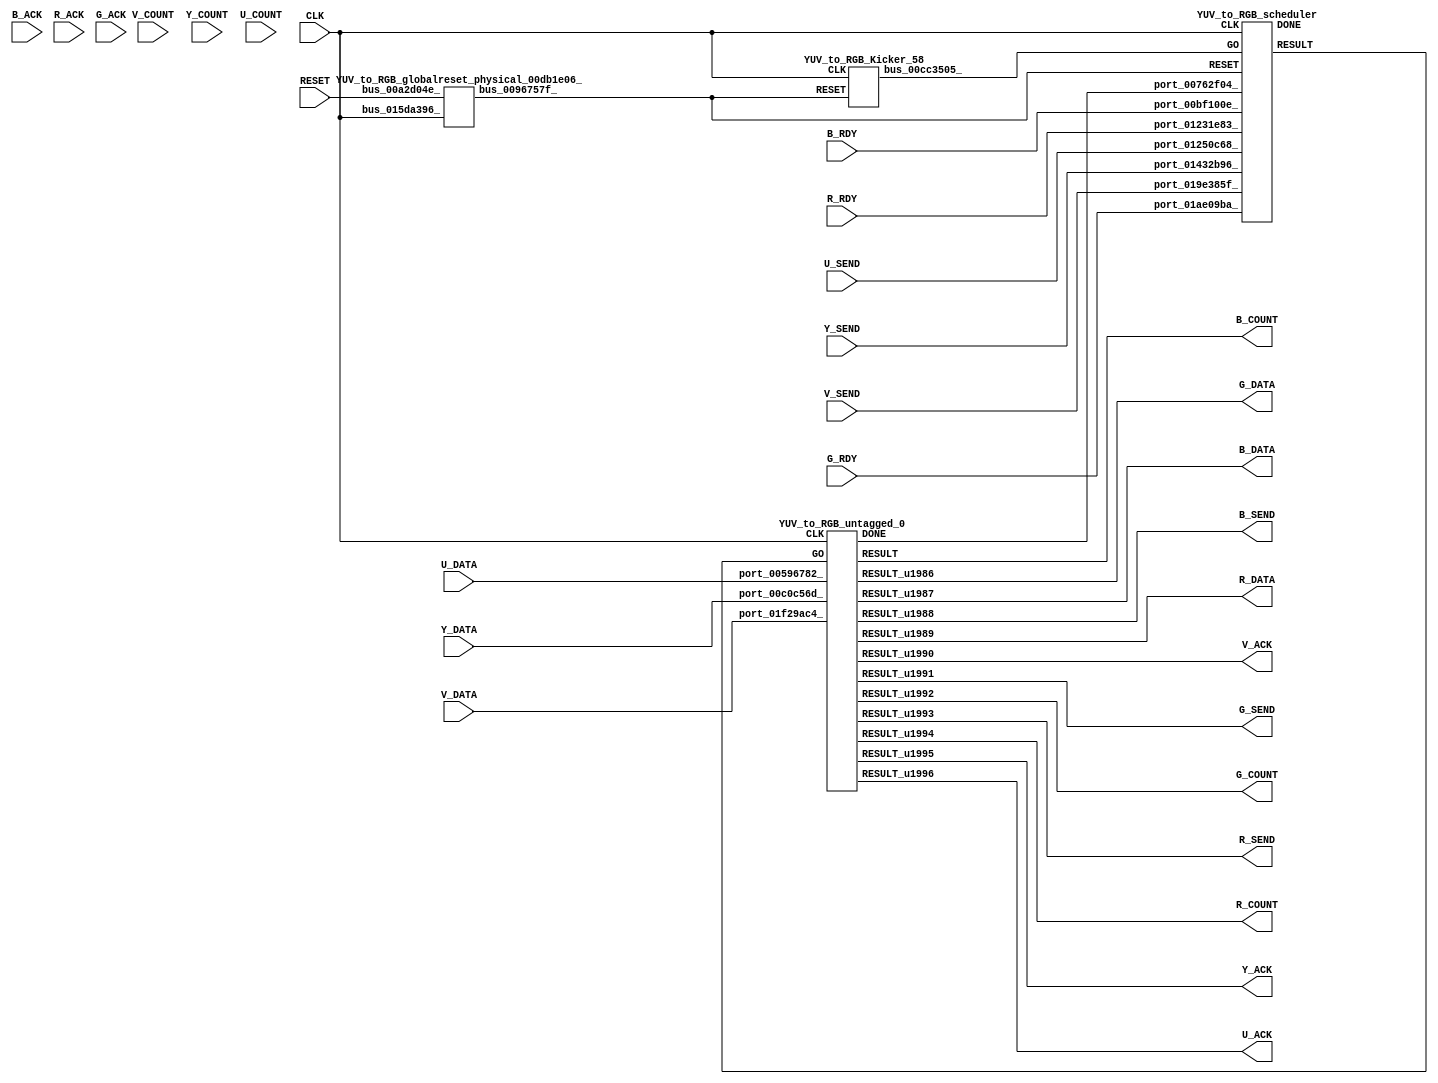
// __  ___ __ ___  _ __   ___  ___ 
// \ \/ / '__/ _ \| '_ \ / _ \/ __|
//  >  <| | | (_) | | | | (_) \__ \
// /_/\_\_|  \___/|_| |_|\___/|___/
// 
// Xronos synthesizer version
// Run date: Tue 17 Nov 2015 18:39:11 +0000
// 

module YUV_to_RGB(B_COUNT, G_DATA, Y_DATA, B_SEND, G_SEND, R_RDY, Y_SEND, RESET, B_ACK, V_COUNT, B_DATA, B_RDY, V_ACK, G_COUNT, R_COUNT, CLK, R_ACK, U_ACK, Y_COUNT, R_DATA, G_ACK, Y_ACK, V_DATA, U_DATA, G_RDY, U_SEND, V_SEND, R_SEND, U_COUNT);
output	[15:0]	B_COUNT;
output	[7:0]	G_DATA;
input	[7:0]	Y_DATA;
output		B_SEND;
output		G_SEND;
input		R_RDY;
input		Y_SEND;
input		RESET;
wire		untagged_0_done;
input		B_ACK;
input	[15:0]	V_COUNT;
output	[7:0]	B_DATA;
input		B_RDY;
output		V_ACK;
output	[15:0]	G_COUNT;
output	[15:0]	R_COUNT;
input		CLK;
input		R_ACK;
output		U_ACK;
input	[15:0]	Y_COUNT;
output	[7:0]	R_DATA;
input		G_ACK;
output		Y_ACK;
input	[7:0]	V_DATA;
input	[7:0]	U_DATA;
input		G_RDY;
wire		untagged_0_go;
input		U_SEND;
input		V_SEND;
output		R_SEND;
input	[15:0]	U_COUNT;
wire		bus_00375249_;
wire		scheduler;
wire		YUV_to_RGB_scheduler_instance_DONE;
wire		bus_0096757f_;
wire		bus_00cc3505_;
wire	[15:0]	untagged_0;
wire		untagged_0_u230;
wire		YUV_to_RGB_untagged_0_instance_DONE;
wire	[15:0]	untagged_0_u232;
wire	[15:0]	untagged_0_u229;
wire	[7:0]	untagged_0_u227;
wire		untagged_0_u228;
wire	[7:0]	untagged_0_u225;
wire		untagged_0_u231;
wire		untagged_0_u224;
wire		untagged_0_u233;
wire	[7:0]	untagged_0_u223;
wire		untagged_0_u226;
assign B_COUNT=untagged_0;
assign G_DATA=untagged_0_u223;
assign B_SEND=untagged_0_u224;
assign G_SEND=untagged_0_u230;
assign untagged_0_done=bus_00375249_;
assign B_DATA=untagged_0_u225;
assign V_ACK=untagged_0_u226;
assign G_COUNT=untagged_0_u229;
assign R_COUNT=untagged_0_u232;
assign U_ACK=untagged_0_u233;
assign R_DATA=untagged_0_u227;
assign Y_ACK=untagged_0_u231;
assign untagged_0_go=scheduler;
assign R_SEND=untagged_0_u228;
assign bus_00375249_=YUV_to_RGB_untagged_0_instance_DONE&{1{YUV_to_RGB_untagged_0_instance_DONE}};
YUV_to_RGB_scheduler YUV_to_RGB_scheduler_instance(.CLK(CLK), .RESET(bus_0096757f_), 
  .GO(bus_00cc3505_), .port_00762f04_(untagged_0_done), .port_01ae09ba_(G_RDY), 
  .port_00bf100e_(B_RDY), .port_01250c68_(U_SEND), .port_019e385f_(V_SEND), .port_01231e83_(R_RDY), 
  .port_01432b96_(Y_SEND), .RESULT(scheduler), .DONE(YUV_to_RGB_scheduler_instance_DONE));
YUV_to_RGB_globalreset_physical_00db1e06_ YUV_to_RGB_globalreset_physical_00db1e06__1(.bus_015da396_(CLK), 
  .bus_00a2d04e_(RESET), .bus_0096757f_(bus_0096757f_));
YUV_to_RGB_Kicker_58 YUV_to_RGB_Kicker_58_1(.CLK(CLK), .RESET(bus_0096757f_), .bus_00cc3505_(bus_00cc3505_));
YUV_to_RGB_untagged_0 YUV_to_RGB_untagged_0_instance(.CLK(CLK), .GO(untagged_0_go), 
  .port_00596782_(U_DATA), .port_00c0c56d_(Y_DATA), .port_01f29ac4_(V_DATA), .RESULT(untagged_0), 
  .RESULT_u1986(untagged_0_u223), .RESULT_u1988(untagged_0_u224), .RESULT_u1987(untagged_0_u225), 
  .RESULT_u1990(untagged_0_u226), .RESULT_u1989(untagged_0_u227), .RESULT_u1993(untagged_0_u228), 
  .RESULT_u1992(untagged_0_u229), .RESULT_u1991(untagged_0_u230), .RESULT_u1995(untagged_0_u231), 
  .RESULT_u1994(untagged_0_u232), .RESULT_u1996(untagged_0_u233), .DONE(YUV_to_RGB_untagged_0_instance_DONE));
endmodule



module YUV_to_RGB_scheduler(CLK, RESET, GO, port_00762f04_, port_01ae09ba_, port_00bf100e_, port_01250c68_, port_019e385f_, port_01231e83_, port_01432b96_, RESULT, DONE);
input		CLK;
input		RESET;
input		GO;
input		port_00762f04_;
input		port_01ae09ba_;
input		port_00bf100e_;
input		port_01250c68_;
input		port_019e385f_;
input		port_01231e83_;
input		port_01432b96_;
output		RESULT;
output		DONE;
wire		and_u2682_u0;
wire		and_u2683_u0;
wire		and_u2684_u0;
wire		and_u2685_u0;
wire		and_u2686_u0;
wire		and_u2687_u0;
wire		and_u2688_u0;
wire		not_u558_u0;
wire		and_u2689_u0;
wire		and_u2690_u0;
wire		not_u559_u0;
wire		simplePinWrite;
wire		and_u2691_u0;
wire		and_u2692_u0;
reg		loopControl_u42=1'h0;
wire		or_u755_u0;
assign and_u2682_u0=or_u755_u0&or_u755_u0;
assign and_u2683_u0=port_01432b96_&port_01250c68_;
assign and_u2684_u0=and_u2683_u0&port_019e385f_;
assign and_u2685_u0=port_01231e83_&port_01ae09ba_;
assign and_u2686_u0=and_u2685_u0&port_00bf100e_;
assign and_u2687_u0=and_u2682_u0&and_u2684_u0;
assign and_u2688_u0=and_u2682_u0&not_u558_u0;
assign not_u558_u0=~and_u2684_u0;
assign and_u2689_u0=and_u2692_u0&and_u2686_u0;
assign and_u2690_u0=and_u2692_u0&not_u559_u0;
assign not_u559_u0=~and_u2686_u0;
assign simplePinWrite=and_u2691_u0&{1{and_u2691_u0}};
assign and_u2691_u0=and_u2689_u0&and_u2692_u0;
assign and_u2692_u0=and_u2687_u0&and_u2682_u0;
always @(posedge CLK or posedge RESET)
begin
if (RESET)
loopControl_u42<=1'h0;
else loopControl_u42<=and_u2682_u0;
end
assign or_u755_u0=GO|loopControl_u42;
assign RESULT=simplePinWrite;
assign DONE=1'h0;
endmodule



module YUV_to_RGB_globalreset_physical_00db1e06_(bus_015da396_, bus_00a2d04e_, bus_0096757f_);
input		bus_015da396_;
input		bus_00a2d04e_;
output		bus_0096757f_;
reg		final_u58=1'h1;
wire		not_012b0af5_u0;
wire		and_01264c8c_u0;
reg		glitch_u58=1'h0;
reg		sample_u58=1'h0;
reg		cross_u58=1'h0;
wire		or_0119b96a_u0;
always @(posedge bus_015da396_)
begin
final_u58<=not_012b0af5_u0;
end
assign not_012b0af5_u0=~and_01264c8c_u0;
assign and_01264c8c_u0=cross_u58&glitch_u58;
always @(posedge bus_015da396_)
begin
glitch_u58<=cross_u58;
end
always @(posedge bus_015da396_)
begin
sample_u58<=1'h1;
end
assign bus_0096757f_=or_0119b96a_u0;
always @(posedge bus_015da396_)
begin
cross_u58<=sample_u58;
end
assign or_0119b96a_u0=bus_00a2d04e_|final_u58;
endmodule



module YUV_to_RGB_Kicker_58(CLK, RESET, bus_00cc3505_);
input		CLK;
input		RESET;
output		bus_00cc3505_;
reg		kicker_2=1'h0;
wire		bus_0184d029_;
wire		bus_01b9864a_;
reg		kicker_res=1'h0;
wire		bus_01b9ca2a_;
reg		kicker_1=1'h0;
wire		bus_01ffcc2a_;
always @(posedge CLK)
begin
kicker_2<=bus_01b9864a_;
end
assign bus_0184d029_=kicker_1&bus_01ffcc2a_&bus_01b9ca2a_;
assign bus_01b9864a_=bus_01ffcc2a_&kicker_1;
always @(posedge CLK)
begin
kicker_res<=bus_0184d029_;
end
assign bus_01b9ca2a_=~kicker_2;
always @(posedge CLK)
begin
kicker_1<=bus_01ffcc2a_;
end
assign bus_00cc3505_=kicker_res;
assign bus_01ffcc2a_=~RESET;
endmodule



module YUV_to_RGB_untagged_0(CLK, GO, port_00596782_, port_00c0c56d_, port_01f29ac4_, RESULT, RESULT_u1986, RESULT_u1987, RESULT_u1988, RESULT_u1989, RESULT_u1990, RESULT_u1991, RESULT_u1992, RESULT_u1993, RESULT_u1994, RESULT_u1995, RESULT_u1996, DONE);
input		CLK;
input		GO;
input	[7:0]	port_00596782_;
input	[7:0]	port_00c0c56d_;
input	[7:0]	port_01f29ac4_;
output	[15:0]	RESULT;
output	[7:0]	RESULT_u1986;
output	[7:0]	RESULT_u1987;
output		RESULT_u1988;
output	[7:0]	RESULT_u1989;
output		RESULT_u1990;
output		RESULT_u1991;
output	[15:0]	RESULT_u1992;
output		RESULT_u1993;
output	[15:0]	RESULT_u1994;
output		RESULT_u1995;
output		RESULT_u1996;
output		DONE;
wire		simplePinWrite;
wire		simplePinWrite_u714;
wire		simplePinWrite_u715;
wire	[8:0]	subtract;
wire	[8:0]	subtract_u92;
wire	[8:0]	subtract_u93;
wire	[39:0]	add;
wire	[39:0]	add_u1168;
wire	[39:0]	add_u1169;
wire	[39:0]	add_u1170;
wire	[39:0]	add_u1171;
wire	[39:0]	add_u1172;
wire	[39:0]	add_u1173;
wire	[39:0]	add_u1174;
wire	[39:0]	add_u1175;
wire	[39:0]	add_u1176;
wire	[39:0]	add_u1177;
wire	[39:0]	add_u1178;
wire	[39:0]	add_u1179;
wire	[39:0]	add_u1180;
wire	[39:0]	subtract_u94;
wire	[39:0]	add_u1181;
wire	[39:0]	add_u1182;
wire	[39:0]	subtract_u95;
wire	[39:0]	add_u1183;
wire	[39:0]	add_u1184;
wire	[39:0]	add_u1185;
wire	[39:0]	add_u1186;
wire	[39:0]	add_u1187;
wire	[39:0]	add_u1188;
wire	[39:0]	add_u1189;
wire		greaterThan;
wire signed	[31:0]	greaterThan_a_signed;
wire signed	[31:0]	greaterThan_b_signed;
wire		not_u560_u0;
wire		and_u2693_u0;
wire		and_u2694_u0;
wire signed	[31:0]	lessThan_b_signed;
wire		lessThan;
wire signed	[31:0]	lessThan_a_signed;
wire		and_u2695_u0;
wire		not_u561_u0;
wire		and_u2696_u0;
wire	[7:0]	mux_u504;
wire		and_u2697_u0;
wire		and_u2698_u0;
wire		and_u2699_u0;
wire		and_u2700_u0;
wire	[7:0]	mux_u505_u0;
wire signed	[31:0]	greaterThan_u36_a_signed;
wire		greaterThan_u36;
wire signed	[31:0]	greaterThan_u36_b_signed;
wire		and_u2701_u0;
wire		and_u2702_u0;
wire		not_u562_u0;
wire signed	[31:0]	lessThan_u36_a_signed;
wire signed	[31:0]	lessThan_u36_b_signed;
wire		lessThan_u36;
wire		and_u2703_u0;
wire		and_u2704_u0;
wire		not_u563_u0;
wire		and_u2705_u0;
wire	[7:0]	mux_u506_u0;
wire		and_u2706_u0;
wire		and_u2707_u0;
wire		and_u2708_u0;
wire	[7:0]	mux_u507_u0;
wire signed	[31:0]	greaterThan_u37_b_signed;
wire signed	[31:0]	greaterThan_u37_a_signed;
wire		greaterThan_u37;
wire		not_u564_u0;
wire		and_u2709_u0;
wire		and_u2710_u0;
wire signed	[31:0]	lessThan_u37_b_signed;
wire signed	[31:0]	lessThan_u37_a_signed;
wire		lessThan_u37;
wire		not_u565_u0;
wire		and_u2711_u0;
wire		and_u2712_u0;
wire		and_u2713_u0;
wire	[7:0]	mux_u508_u0;
wire		and_u2714_u0;
wire	[7:0]	mux_u509_u0;
wire		and_u2715_u0;
wire		and_u2716_u0;
wire	[7:0]	simplePinWrite_u716;
wire	[15:0]	simplePinWrite_u717;
wire		simplePinWrite_u718;
wire	[7:0]	simplePinWrite_u719;
wire		simplePinWrite_u720;
wire	[15:0]	simplePinWrite_u721;
wire	[7:0]	simplePinWrite_u722;
wire		simplePinWrite_u723;
wire	[15:0]	simplePinWrite_u724;
assign simplePinWrite=GO&{1{GO}};
assign simplePinWrite_u714=GO&{1{GO}};
assign simplePinWrite_u715=GO&{1{GO}};
assign subtract={1'b0, port_00c0c56d_}-9'h10;
assign subtract_u92={1'b0, port_00596782_}-9'h80;
assign subtract_u93={1'b0, port_01f29ac4_}-9'h80;
assign add={subtract[8], subtract[8], subtract[8], subtract[8], subtract[8], subtract[8], subtract[8], subtract[8], subtract[8], subtract[8], subtract[8], subtract[8], subtract[8], subtract[8], subtract[8], subtract[8], subtract[8], subtract[8], subtract[8], subtract[8], subtract[8], subtract[8], subtract[8], subtract, 8'b0}+{subtract[8], subtract[8], subtract[8], subtract[8], subtract[8], subtract[8], subtract[8], subtract[8], subtract[8], subtract[8], subtract[8], subtract[8], subtract[8], subtract[8], subtract[8], subtract[8], subtract[8], subtract[8], subtract[8], subtract[8], subtract[8], subtract[8], subtract[8], subtract[8], subtract[8], subtract[8], subtract, 5'b0};
assign add_u1168={add[17], add[17], add[17], add[17], add[17], add[17], add[17], add[17], add[17], add[17], add[17], add[17], add[17], add[17], add[17], add[17], add[17], add[17], add[17], add[17], add[17], add[17], add[17:5], 5'b0}+{subtract[8], subtract[8], subtract[8], subtract[8], subtract[8], subtract[8], subtract[8], subtract[8], subtract[8], subtract[8], subtract[8], subtract[8], subtract[8], subtract[8], subtract[8], subtract[8], subtract[8], subtract[8], subtract[8], subtract[8], subtract[8], subtract[8], subtract[8], subtract[8], subtract[8], subtract[8], subtract[8], subtract[8], subtract, 3'b0};
assign add_u1169={add_u1168[18], add_u1168[18], add_u1168[18], add_u1168[18], add_u1168[18], add_u1168[18], add_u1168[18], add_u1168[18], add_u1168[18], add_u1168[18], add_u1168[18], add_u1168[18], add_u1168[18], add_u1168[18], add_u1168[18], add_u1168[18], add_u1168[18], add_u1168[18], add_u1168[18], add_u1168[18], add_u1168[18], add_u1168[18:3], 3'b0}+{subtract[8], subtract[8], subtract[8], subtract[8], subtract[8], subtract[8], subtract[8], subtract[8], subtract[8], subtract[8], subtract[8], subtract[8], subtract[8], subtract[8], subtract[8], subtract[8], subtract[8], subtract[8], subtract[8], subtract[8], subtract[8], subtract[8], subtract[8], subtract[8], subtract[8], subtract[8], subtract[8], subtract[8], subtract[8], subtract[8], subtract, 1'b0};
assign add_u1170={subtract_u93[8], subtract_u93[8], subtract_u93[8], subtract_u93[8], subtract_u93[8], subtract_u93[8], subtract_u93[8], subtract_u93[8], subtract_u93[8], subtract_u93[8], subtract_u93[8], subtract_u93[8], subtract_u93[8], subtract_u93[8], subtract_u93[8], subtract_u93[8], subtract_u93[8], subtract_u93[8], subtract_u93[8], subtract_u93[8], subtract_u93[8], subtract_u93[8], subtract_u93[8], subtract_u93, 8'b0}+{subtract_u93[8], subtract_u93[8], subtract_u93[8], subtract_u93[8], subtract_u93[8], subtract_u93[8], subtract_u93[8], subtract_u93[8], subtract_u93[8], subtract_u93[8], subtract_u93[8], subtract_u93[8], subtract_u93[8], subtract_u93[8], subtract_u93[8], subtract_u93[8], subtract_u93[8], subtract_u93[8], subtract_u93[8], subtract_u93[8], subtract_u93[8], subtract_u93[8], subtract_u93[8], subtract_u93[8], subtract_u93, 7'b0};
assign add_u1171={add_u1170[17], add_u1170[17], add_u1170[17], add_u1170[17], add_u1170[17], add_u1170[17], add_u1170[17], add_u1170[17], add_u1170[17], add_u1170[17], add_u1170[17], add_u1170[17], add_u1170[17], add_u1170[17], add_u1170[17], add_u1170[17], add_u1170[17], add_u1170[17], add_u1170[17], add_u1170[17], add_u1170[17], add_u1170[17], add_u1170[17:7], 7'b0}+{subtract_u93[8], subtract_u93[8], subtract_u93[8], subtract_u93[8], subtract_u93[8], subtract_u93[8], subtract_u93[8], subtract_u93[8], subtract_u93[8], subtract_u93[8], subtract_u93[8], subtract_u93[8], subtract_u93[8], subtract_u93[8], subtract_u93[8], subtract_u93[8], subtract_u93[8], subtract_u93[8], subtract_u93[8], subtract_u93[8], subtract_u93[8], subtract_u93[8], subtract_u93[8], subtract_u93[8], subtract_u93[8], subtract_u93[8], subtract_u93[8], subtract_u93, 4'b0};
assign add_u1172={add_u1171[18], add_u1171[18], add_u1171[18], add_u1171[18], add_u1171[18], add_u1171[18], add_u1171[18], add_u1171[18], add_u1171[18], add_u1171[18], add_u1171[18], add_u1171[18], add_u1171[18], add_u1171[18], add_u1171[18], add_u1171[18], add_u1171[18], add_u1171[18], add_u1171[18], add_u1171[18], add_u1171[18], add_u1171[18:4], 4'b0}+{subtract_u93[8], subtract_u93[8], subtract_u93[8], subtract_u93[8], subtract_u93[8], subtract_u93[8], subtract_u93[8], subtract_u93[8], subtract_u93[8], subtract_u93[8], subtract_u93[8], subtract_u93[8], subtract_u93[8], subtract_u93[8], subtract_u93[8], subtract_u93[8], subtract_u93[8], subtract_u93[8], subtract_u93[8], subtract_u93[8], subtract_u93[8], subtract_u93[8], subtract_u93[8], subtract_u93[8], subtract_u93[8], subtract_u93[8], subtract_u93[8], subtract_u93[8], subtract_u93, 3'b0};
assign add_u1173={add_u1172[19], add_u1172[19], add_u1172[19], add_u1172[19], add_u1172[19], add_u1172[19], add_u1172[19], add_u1172[19], add_u1172[19], add_u1172[19], add_u1172[19], add_u1172[19], add_u1172[19], add_u1172[19], add_u1172[19], add_u1172[19], add_u1172[19], add_u1172[19], add_u1172[19], add_u1172[19], add_u1172[19:3], 3'b0}+{subtract_u93[8], subtract_u93[8], subtract_u93[8], subtract_u93[8], subtract_u93[8], subtract_u93[8], subtract_u93[8], subtract_u93[8], subtract_u93[8], subtract_u93[8], subtract_u93[8], subtract_u93[8], subtract_u93[8], subtract_u93[8], subtract_u93[8], subtract_u93[8], subtract_u93[8], subtract_u93[8], subtract_u93[8], subtract_u93[8], subtract_u93[8], subtract_u93[8], subtract_u93[8], subtract_u93[8], subtract_u93[8], subtract_u93[8], subtract_u93[8], subtract_u93[8], subtract_u93[8], subtract_u93[8], subtract_u93[8], subtract_u93};
assign add_u1174={add_u1169[19], add_u1169[19], add_u1169[19], add_u1169[19], add_u1169[19], add_u1169[19], add_u1169[19], add_u1169[19], add_u1169[19], add_u1169[19], add_u1169[19], add_u1169[19], add_u1169[19], add_u1169[19], add_u1169[19], add_u1169[19], add_u1169[19], add_u1169[19], add_u1169[19], add_u1169[19], add_u1169[19:1], 1'b0}+{add_u1173[20], add_u1173[20], add_u1173[20], add_u1173[20], add_u1173[20], add_u1173[20], add_u1173[20], add_u1173[20], add_u1173[20], add_u1173[20], add_u1173[20], add_u1173[20], add_u1173[20], add_u1173[20], add_u1173[20], add_u1173[20], add_u1173[20], add_u1173[20], add_u1173[20], add_u1173[20:0]};
assign add_u1175={add_u1174[21], add_u1174[21], add_u1174[21], add_u1174[21], add_u1174[21], add_u1174[21], add_u1174[21], add_u1174[21], add_u1174[21], add_u1174[21], add_u1174[21], add_u1174[21], add_u1174[21], add_u1174[21], add_u1174[21], add_u1174[21], add_u1174[21], add_u1174[21], add_u1174[21:0]}+40'h80;
assign add_u1176={subtract[8], subtract[8], subtract[8], subtract[8], subtract[8], subtract[8], subtract[8], subtract[8], subtract[8], subtract[8], subtract[8], subtract[8], subtract[8], subtract[8], subtract[8], subtract[8], subtract[8], subtract[8], subtract[8], subtract[8], subtract[8], subtract[8], subtract[8], subtract, 8'b0}+{subtract[8], subtract[8], subtract[8], subtract[8], subtract[8], subtract[8], subtract[8], subtract[8], subtract[8], subtract[8], subtract[8], subtract[8], subtract[8], subtract[8], subtract[8], subtract[8], subtract[8], subtract[8], subtract[8], subtract[8], subtract[8], subtract[8], subtract[8], subtract[8], subtract[8], subtract[8], subtract, 5'b0};
assign add_u1177={add_u1176[17], add_u1176[17], add_u1176[17], add_u1176[17], add_u1176[17], add_u1176[17], add_u1176[17], add_u1176[17], add_u1176[17], add_u1176[17], add_u1176[17], add_u1176[17], add_u1176[17], add_u1176[17], add_u1176[17], add_u1176[17], add_u1176[17], add_u1176[17], add_u1176[17], add_u1176[17], add_u1176[17], add_u1176[17], add_u1176[17:5], 5'b0}+{subtract[8], subtract[8], subtract[8], subtract[8], subtract[8], subtract[8], subtract[8], subtract[8], subtract[8], subtract[8], subtract[8], subtract[8], subtract[8], subtract[8], subtract[8], subtract[8], subtract[8], subtract[8], subtract[8], subtract[8], subtract[8], subtract[8], subtract[8], subtract[8], subtract[8], subtract[8], subtract[8], subtract[8], subtract, 3'b0};
assign add_u1178={add_u1177[18], add_u1177[18], add_u1177[18], add_u1177[18], add_u1177[18], add_u1177[18], add_u1177[18], add_u1177[18], add_u1177[18], add_u1177[18], add_u1177[18], add_u1177[18], add_u1177[18], add_u1177[18], add_u1177[18], add_u1177[18], add_u1177[18], add_u1177[18], add_u1177[18], add_u1177[18], add_u1177[18], add_u1177[18:3], 3'b0}+{subtract[8], subtract[8], subtract[8], subtract[8], subtract[8], subtract[8], subtract[8], subtract[8], subtract[8], subtract[8], subtract[8], subtract[8], subtract[8], subtract[8], subtract[8], subtract[8], subtract[8], subtract[8], subtract[8], subtract[8], subtract[8], subtract[8], subtract[8], subtract[8], subtract[8], subtract[8], subtract[8], subtract[8], subtract[8], subtract[8], subtract, 1'b0};
assign add_u1179={subtract_u92[8], subtract_u92[8], subtract_u92[8], subtract_u92[8], subtract_u92[8], subtract_u92[8], subtract_u92[8], subtract_u92[8], subtract_u92[8], subtract_u92[8], subtract_u92[8], subtract_u92[8], subtract_u92[8], subtract_u92[8], subtract_u92[8], subtract_u92[8], subtract_u92[8], subtract_u92[8], subtract_u92[8], subtract_u92[8], subtract_u92[8], subtract_u92[8], subtract_u92[8], subtract_u92[8], subtract_u92[8], subtract_u92, 6'b0}+{subtract_u92[8], subtract_u92[8], subtract_u92[8], subtract_u92[8], subtract_u92[8], subtract_u92[8], subtract_u92[8], subtract_u92[8], subtract_u92[8], subtract_u92[8], subtract_u92[8], subtract_u92[8], subtract_u92[8], subtract_u92[8], subtract_u92[8], subtract_u92[8], subtract_u92[8], subtract_u92[8], subtract_u92[8], subtract_u92[8], subtract_u92[8], subtract_u92[8], subtract_u92[8], subtract_u92[8], subtract_u92[8], subtract_u92[8], subtract_u92, 5'b0};
assign add_u1180={add_u1179[15], add_u1179[15], add_u1179[15], add_u1179[15], add_u1179[15], add_u1179[15], add_u1179[15], add_u1179[15], add_u1179[15], add_u1179[15], add_u1179[15], add_u1179[15], add_u1179[15], add_u1179[15], add_u1179[15], add_u1179[15], add_u1179[15], add_u1179[15], add_u1179[15], add_u1179[15], add_u1179[15], add_u1179[15], add_u1179[15], add_u1179[15], add_u1179[15:5], 5'b0}+{subtract_u92[8], subtract_u92[8], subtract_u92[8], subtract_u92[8], subtract_u92[8], subtract_u92[8], subtract_u92[8], subtract_u92[8], subtract_u92[8], subtract_u92[8], subtract_u92[8], subtract_u92[8], subtract_u92[8], subtract_u92[8], subtract_u92[8], subtract_u92[8], subtract_u92[8], subtract_u92[8], subtract_u92[8], subtract_u92[8], subtract_u92[8], subtract_u92[8], subtract_u92[8], subtract_u92[8], subtract_u92[8], subtract_u92[8], subtract_u92[8], subtract_u92[8], subtract_u92[8], subtract_u92, 2'b0};
assign subtract_u94={add_u1178[19], add_u1178[19], add_u1178[19], add_u1178[19], add_u1178[19], add_u1178[19], add_u1178[19], add_u1178[19], add_u1178[19], add_u1178[19], add_u1178[19], add_u1178[19], add_u1178[19], add_u1178[19], add_u1178[19], add_u1178[19], add_u1178[19], add_u1178[19], add_u1178[19], add_u1178[19], add_u1178[19:1], 1'b0}-{add_u1180[16], add_u1180[16], add_u1180[16], add_u1180[16], add_u1180[16], add_u1180[16], add_u1180[16], add_u1180[16], add_u1180[16], add_u1180[16], add_u1180[16], add_u1180[16], add_u1180[16], add_u1180[16], add_u1180[16], add_u1180[16], add_u1180[16], add_u1180[16], add_u1180[16], add_u1180[16], add_u1180[16], add_u1180[16], add_u1180[16], add_u1180[16:2], 2'b0};
assign add_u1181={subtract_u93[8], subtract_u93[8], subtract_u93[8], subtract_u93[8], subtract_u93[8], subtract_u93[8], subtract_u93[8], subtract_u93[8], subtract_u93[8], subtract_u93[8], subtract_u93[8], subtract_u93[8], subtract_u93[8], subtract_u93[8], subtract_u93[8], subtract_u93[8], subtract_u93[8], subtract_u93[8], subtract_u93[8], subtract_u93[8], subtract_u93[8], subtract_u93[8], subtract_u93[8], subtract_u93[8], subtract_u93, 7'b0}+{subtract_u93[8], subtract_u93[8], subtract_u93[8], subtract_u93[8], subtract_u93[8], subtract_u93[8], subtract_u93[8], subtract_u93[8], subtract_u93[8], subtract_u93[8], subtract_u93[8], subtract_u93[8], subtract_u93[8], subtract_u93[8], subtract_u93[8], subtract_u93[8], subtract_u93[8], subtract_u93[8], subtract_u93[8], subtract_u93[8], subtract_u93[8], subtract_u93[8], subtract_u93[8], subtract_u93[8], subtract_u93[8], subtract_u93, 6'b0};
assign add_u1182={add_u1181[16], add_u1181[16], add_u1181[16], add_u1181[16], add_u1181[16], add_u1181[16], add_u1181[16], add_u1181[16], add_u1181[16], add_u1181[16], add_u1181[16], add_u1181[16], add_u1181[16], add_u1181[16], add_u1181[16], add_u1181[16], add_u1181[16], add_u1181[16], add_u1181[16], add_u1181[16], add_u1181[16], add_u1181[16], add_u1181[16], add_u1181[16:6], 6'b0}+{subtract_u93[8], subtract_u93[8], subtract_u93[8], subtract_u93[8], subtract_u93[8], subtract_u93[8], subtract_u93[8], subtract_u93[8], subtract_u93[8], subtract_u93[8], subtract_u93[8], subtract_u93[8], subtract_u93[8], subtract_u93[8], subtract_u93[8], subtract_u93[8], subtract_u93[8], subtract_u93[8], subtract_u93[8], subtract_u93[8], subtract_u93[8], subtract_u93[8], subtract_u93[8], subtract_u93[8], subtract_u93[8], subtract_u93[8], subtract_u93[8], subtract_u93, 4'b0};
assign subtract_u95={subtract_u94[20], subtract_u94[20], subtract_u94[20], subtract_u94[20], subtract_u94[20], subtract_u94[20], subtract_u94[20], subtract_u94[20], subtract_u94[20], subtract_u94[20], subtract_u94[20], subtract_u94[20], subtract_u94[20], subtract_u94[20], subtract_u94[20], subtract_u94[20], subtract_u94[20], subtract_u94[20], subtract_u94[20], subtract_u94[20:0]}-{add_u1182[17], add_u1182[17], add_u1182[17], add_u1182[17], add_u1182[17], add_u1182[17], add_u1182[17], add_u1182[17], add_u1182[17], add_u1182[17], add_u1182[17], add_u1182[17], add_u1182[17], add_u1182[17], add_u1182[17], add_u1182[17], add_u1182[17], add_u1182[17], add_u1182[17], add_u1182[17], add_u1182[17], add_u1182[17], add_u1182[17:4], 4'b0};
assign add_u1183={subtract_u95[21], subtract_u95[21], subtract_u95[21], subtract_u95[21], subtract_u95[21], subtract_u95[21], subtract_u95[21], subtract_u95[21], subtract_u95[21], subtract_u95[21], subtract_u95[21], subtract_u95[21], subtract_u95[21], subtract_u95[21], subtract_u95[21], subtract_u95[21], subtract_u95[21], subtract_u95[21], subtract_u95[21:0]}+40'h80;
assign add_u1184={subtract[8], subtract[8], subtract[8], subtract[8], subtract[8], subtract[8], subtract[8], subtract[8], subtract[8], subtract[8], subtract[8], subtract[8], subtract[8], subtract[8], subtract[8], subtract[8], subtract[8], subtract[8], subtract[8], subtract[8], subtract[8], subtract[8], subtract[8], subtract, 8'b0}+{subtract[8], subtract[8], subtract[8], subtract[8], subtract[8], subtract[8], subtract[8], subtract[8], subtract[8], subtract[8], subtract[8], subtract[8], subtract[8], subtract[8], subtract[8], subtract[8], subtract[8], subtract[8], subtract[8], subtract[8], subtract[8], subtract[8], subtract[8], subtract[8], subtract[8], subtract[8], subtract, 5'b0};
assign add_u1185={add_u1184[17], add_u1184[17], add_u1184[17], add_u1184[17], add_u1184[17], add_u1184[17], add_u1184[17], add_u1184[17], add_u1184[17], add_u1184[17], add_u1184[17], add_u1184[17], add_u1184[17], add_u1184[17], add_u1184[17], add_u1184[17], add_u1184[17], add_u1184[17], add_u1184[17], add_u1184[17], add_u1184[17], add_u1184[17], add_u1184[17:5], 5'b0}+{subtract[8], subtract[8], subtract[8], subtract[8], subtract[8], subtract[8], subtract[8], subtract[8], subtract[8], subtract[8], subtract[8], subtract[8], subtract[8], subtract[8], subtract[8], subtract[8], subtract[8], subtract[8], subtract[8], subtract[8], subtract[8], subtract[8], subtract[8], subtract[8], subtract[8], subtract[8], subtract[8], subtract[8], subtract, 3'b0};
assign add_u1186={add_u1185[18], add_u1185[18], add_u1185[18], add_u1185[18], add_u1185[18], add_u1185[18], add_u1185[18], add_u1185[18], add_u1185[18], add_u1185[18], add_u1185[18], add_u1185[18], add_u1185[18], add_u1185[18], add_u1185[18], add_u1185[18], add_u1185[18], add_u1185[18], add_u1185[18], add_u1185[18], add_u1185[18], add_u1185[18:3], 3'b0}+{subtract[8], subtract[8], subtract[8], subtract[8], subtract[8], subtract[8], subtract[8], subtract[8], subtract[8], subtract[8], subtract[8], subtract[8], subtract[8], subtract[8], subtract[8], subtract[8], subtract[8], subtract[8], subtract[8], subtract[8], subtract[8], subtract[8], subtract[8], subtract[8], subtract[8], subtract[8], subtract[8], subtract[8], subtract[8], subtract[8], subtract, 1'b0};
assign add_u1187={subtract_u92[8], subtract_u92[8], subtract_u92[8], subtract_u92[8], subtract_u92[8], subtract_u92[8], subtract_u92[8], subtract_u92[8], subtract_u92[8], subtract_u92[8], subtract_u92[8], subtract_u92[8], subtract_u92[8], subtract_u92[8], subtract_u92[8], subtract_u92[8], subtract_u92[8], subtract_u92[8], subtract_u92[8], subtract_u92[8], subtract_u92[8], subtract_u92[8], subtract_u92, 9'b0}+{subtract_u92[8], subtract_u92[8], subtract_u92[8], subtract_u92[8], subtract_u92[8], subtract_u92[8], subtract_u92[8], subtract_u92[8], subtract_u92[8], subtract_u92[8], subtract_u92[8], subtract_u92[8], subtract_u92[8], subtract_u92[8], subtract_u92[8], subtract_u92[8], subtract_u92[8], subtract_u92[8], subtract_u92[8], subtract_u92[8], subtract_u92[8], subtract_u92[8], subtract_u92[8], subtract_u92[8], subtract_u92[8], subtract_u92[8], subtract_u92[8], subtract_u92[8], subtract_u92[8], subtract_u92, 2'b0};
assign add_u1188={add_u1186[19], add_u1186[19], add_u1186[19], add_u1186[19], add_u1186[19], add_u1186[19], add_u1186[19], add_u1186[19], add_u1186[19], add_u1186[19], add_u1186[19], add_u1186[19], add_u1186[19], add_u1186[19], add_u1186[19], add_u1186[19], add_u1186[19], add_u1186[19], add_u1186[19], add_u1186[19], add_u1186[19:1], 1'b0}+{add_u1187[18], add_u1187[18], add_u1187[18], add_u1187[18], add_u1187[18], add_u1187[18], add_u1187[18], add_u1187[18], add_u1187[18], add_u1187[18], add_u1187[18], add_u1187[18], add_u1187[18], add_u1187[18], add_u1187[18], add_u1187[18], add_u1187[18], add_u1187[18], add_u1187[18], add_u1187[18], add_u1187[18], add_u1187[18:2], 2'b0};
assign add_u1189={add_u1188[20], add_u1188[20], add_u1188[20], add_u1188[20], add_u1188[20], add_u1188[20], add_u1188[20], add_u1188[20], add_u1188[20], add_u1188[20], add_u1188[20], add_u1188[20], add_u1188[20], add_u1188[20], add_u1188[20], add_u1188[20], add_u1188[20], add_u1188[20], add_u1188[20], add_u1188[20:1], 1'b0}+40'h80;
assign greaterThan_a_signed={add_u1175[22], add_u1175[22], add_u1175[22], add_u1175[22], add_u1175[22], add_u1175[22], add_u1175[22], add_u1175[22], add_u1175[22], add_u1175[22], add_u1175[22], add_u1175[22], add_u1175[22], add_u1175[22], add_u1175[22], add_u1175[22], add_u1175[22], add_u1175[22:8]};
assign greaterThan_b_signed=32'h0;
assign greaterThan=greaterThan_a_signed>greaterThan_b_signed;
assign not_u560_u0=~greaterThan;
assign and_u2693_u0=GO&not_u560_u0;
assign and_u2694_u0=GO&greaterThan;
assign lessThan_a_signed={add_u1175[22], add_u1175[22], add_u1175[22], add_u1175[22], add_u1175[22], add_u1175[22], add_u1175[22], add_u1175[22], add_u1175[22], add_u1175[22], add_u1175[22], add_u1175[22], add_u1175[22], add_u1175[22], add_u1175[22], add_u1175[22], add_u1175[22], add_u1175[22:8]};
assign lessThan_b_signed=32'hff;
assign lessThan=lessThan_a_signed<lessThan_b_signed;
assign and_u2695_u0=and_u2700_u0&lessThan;
assign not_u561_u0=~lessThan;
assign and_u2696_u0=and_u2700_u0&not_u561_u0;
assign mux_u504=(and_u2697_u0)?8'hff:add_u1175[15:8];
assign and_u2697_u0=and_u2696_u0&and_u2700_u0;
assign and_u2698_u0=and_u2695_u0&and_u2700_u0;
assign and_u2699_u0=and_u2693_u0&GO;
assign and_u2700_u0=and_u2694_u0&GO;
assign mux_u505_u0=(and_u2700_u0)?mux_u504:8'h0;
assign greaterThan_u36_a_signed={add_u1183[22], add_u1183[22], add_u1183[22], add_u1183[22], add_u1183[22], add_u1183[22], add_u1183[22], add_u1183[22], add_u1183[22], add_u1183[22], add_u1183[22], add_u1183[22], add_u1183[22], add_u1183[22], add_u1183[22], add_u1183[22], add_u1183[22], add_u1183[22:8]};
assign greaterThan_u36_b_signed=32'h0;
assign greaterThan_u36=greaterThan_u36_a_signed>greaterThan_u36_b_signed;
assign and_u2701_u0=GO&not_u562_u0;
assign and_u2702_u0=GO&greaterThan_u36;
assign not_u562_u0=~greaterThan_u36;
assign lessThan_u36_a_signed={add_u1183[22], add_u1183[22], add_u1183[22], add_u1183[22], add_u1183[22], add_u1183[22], add_u1183[22], add_u1183[22], add_u1183[22], add_u1183[22], add_u1183[22], add_u1183[22], add_u1183[22], add_u1183[22], add_u1183[22], add_u1183[22], add_u1183[22], add_u1183[22:8]};
assign lessThan_u36_b_signed=32'hff;
assign lessThan_u36=lessThan_u36_a_signed<lessThan_u36_b_signed;
assign and_u2703_u0=and_u2707_u0&lessThan_u36;
assign and_u2704_u0=and_u2707_u0&not_u563_u0;
assign not_u563_u0=~lessThan_u36;
assign and_u2705_u0=and_u2703_u0&and_u2707_u0;
assign mux_u506_u0=(and_u2706_u0)?8'hff:add_u1183[15:8];
assign and_u2706_u0=and_u2704_u0&and_u2707_u0;
assign and_u2707_u0=and_u2702_u0&GO;
assign and_u2708_u0=and_u2701_u0&GO;
assign mux_u507_u0=(and_u2707_u0)?mux_u506_u0:8'h0;
assign greaterThan_u37_a_signed={add_u1189[21], add_u1189[21], add_u1189[21], add_u1189[21], add_u1189[21], add_u1189[21], add_u1189[21], add_u1189[21], add_u1189[21], add_u1189[21], add_u1189[21], add_u1189[21], add_u1189[21], add_u1189[21], add_u1189[21], add_u1189[21], add_u1189[21], add_u1189[21], add_u1189[21:8]};
assign greaterThan_u37_b_signed=32'h0;
assign greaterThan_u37=greaterThan_u37_a_signed>greaterThan_u37_b_signed;
assign not_u564_u0=~greaterThan_u37;
assign and_u2709_u0=GO&not_u564_u0;
assign and_u2710_u0=GO&greaterThan_u37;
assign lessThan_u37_a_signed={add_u1189[21], add_u1189[21], add_u1189[21], add_u1189[21], add_u1189[21], add_u1189[21], add_u1189[21], add_u1189[21], add_u1189[21], add_u1189[21], add_u1189[21], add_u1189[21], add_u1189[21], add_u1189[21], add_u1189[21], add_u1189[21], add_u1189[21], add_u1189[21], add_u1189[21:8]};
assign lessThan_u37_b_signed=32'hff;
assign lessThan_u37=lessThan_u37_a_signed<lessThan_u37_b_signed;
assign not_u565_u0=~lessThan_u37;
assign and_u2711_u0=and_u2716_u0&not_u565_u0;
assign and_u2712_u0=and_u2716_u0&lessThan_u37;
assign and_u2713_u0=and_u2712_u0&and_u2716_u0;
assign mux_u508_u0=(and_u2713_u0)?add_u1189[15:8]:8'hff;
assign and_u2714_u0=and_u2711_u0&and_u2716_u0;
assign mux_u509_u0=(and_u2716_u0)?mux_u508_u0:8'h0;
assign and_u2715_u0=and_u2709_u0&GO;
assign and_u2716_u0=and_u2710_u0&GO;
assign simplePinWrite_u716=mux_u505_u0;
assign simplePinWrite_u717=16'h1&{16{1'h1}};
assign simplePinWrite_u718=GO&{1{GO}};
assign simplePinWrite_u719=mux_u507_u0;
assign simplePinWrite_u720=GO&{1{GO}};
assign simplePinWrite_u721=16'h1&{16{1'h1}};
assign simplePinWrite_u722=mux_u509_u0;
assign simplePinWrite_u723=GO&{1{GO}};
assign simplePinWrite_u724=16'h1&{16{1'h1}};
assign RESULT=simplePinWrite_u724;
assign RESULT_u1986=simplePinWrite_u719;
assign RESULT_u1987=simplePinWrite_u722;
assign RESULT_u1988=simplePinWrite_u723;
assign RESULT_u1989=simplePinWrite_u716;
assign RESULT_u1990=simplePinWrite_u715;
assign RESULT_u1991=simplePinWrite_u720;
assign RESULT_u1992=simplePinWrite_u721;
assign RESULT_u1993=simplePinWrite_u718;
assign RESULT_u1994=simplePinWrite_u717;
assign RESULT_u1995=simplePinWrite;
assign RESULT_u1996=simplePinWrite_u714;
assign DONE=GO;
endmodule